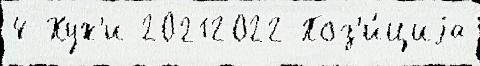
4 Хух'и 20212022 Поз'и́циjа